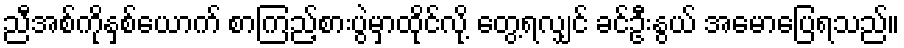
ညီအစ်ကိုနှစ်ယောက် စာကြည့်စားပွဲမှာထိုင်လို့ တွေ့ရလျှင် ခင်ဦးနွယ် အမောပြေရသည်။